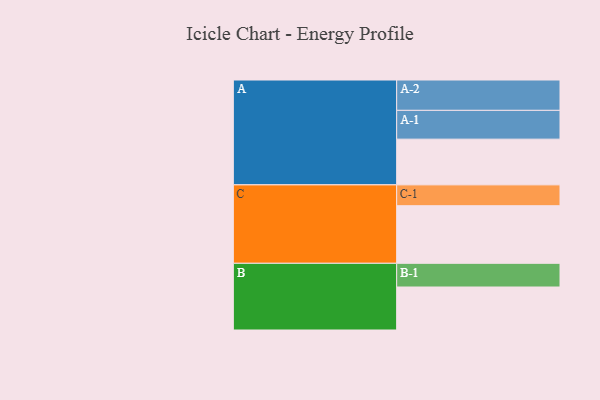
{"axis": {"x": "Segment", "y": "Value"}, "legend": ["", "A", "B", "C"], "data": [{"x": "A", "y": 351, "type": ""}, {"x": "B", "y": 330, "type": ""}, {"x": "C", "y": 442, "type": ""}, {"x": "A-1", "y": 221, "type": "A"}, {"x": "A-2", "y": 233, "type": "A"}, {"x": "B-1", "y": 182, "type": "B"}, {"x": "C-1", "y": 160, "type": "C"}]}